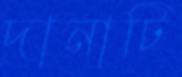
দানাটি